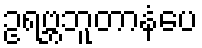
ဥရဗ္ဘဘူတာနံပေ